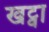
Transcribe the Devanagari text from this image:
खट्वा